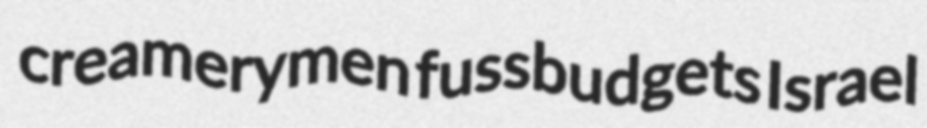
creamerymen fussbudgets Israel